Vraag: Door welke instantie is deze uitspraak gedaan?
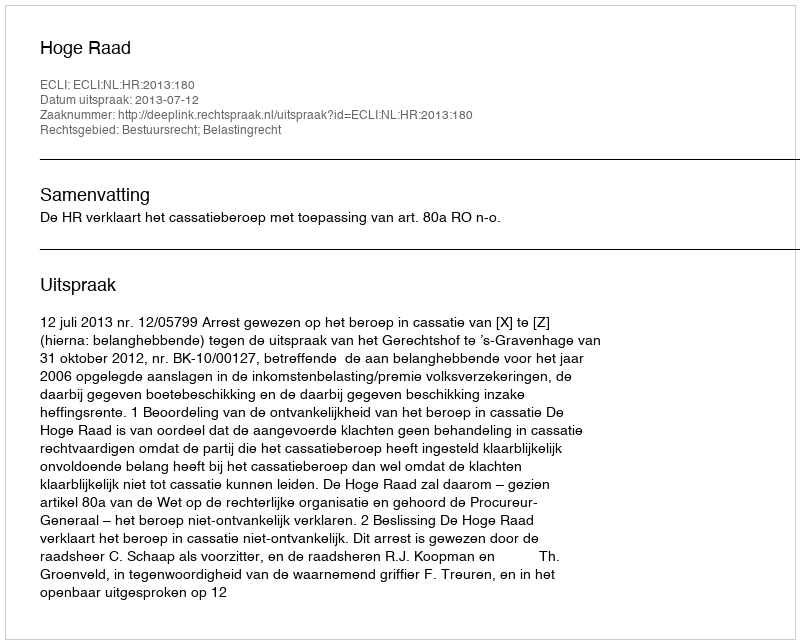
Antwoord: Hoge Raad